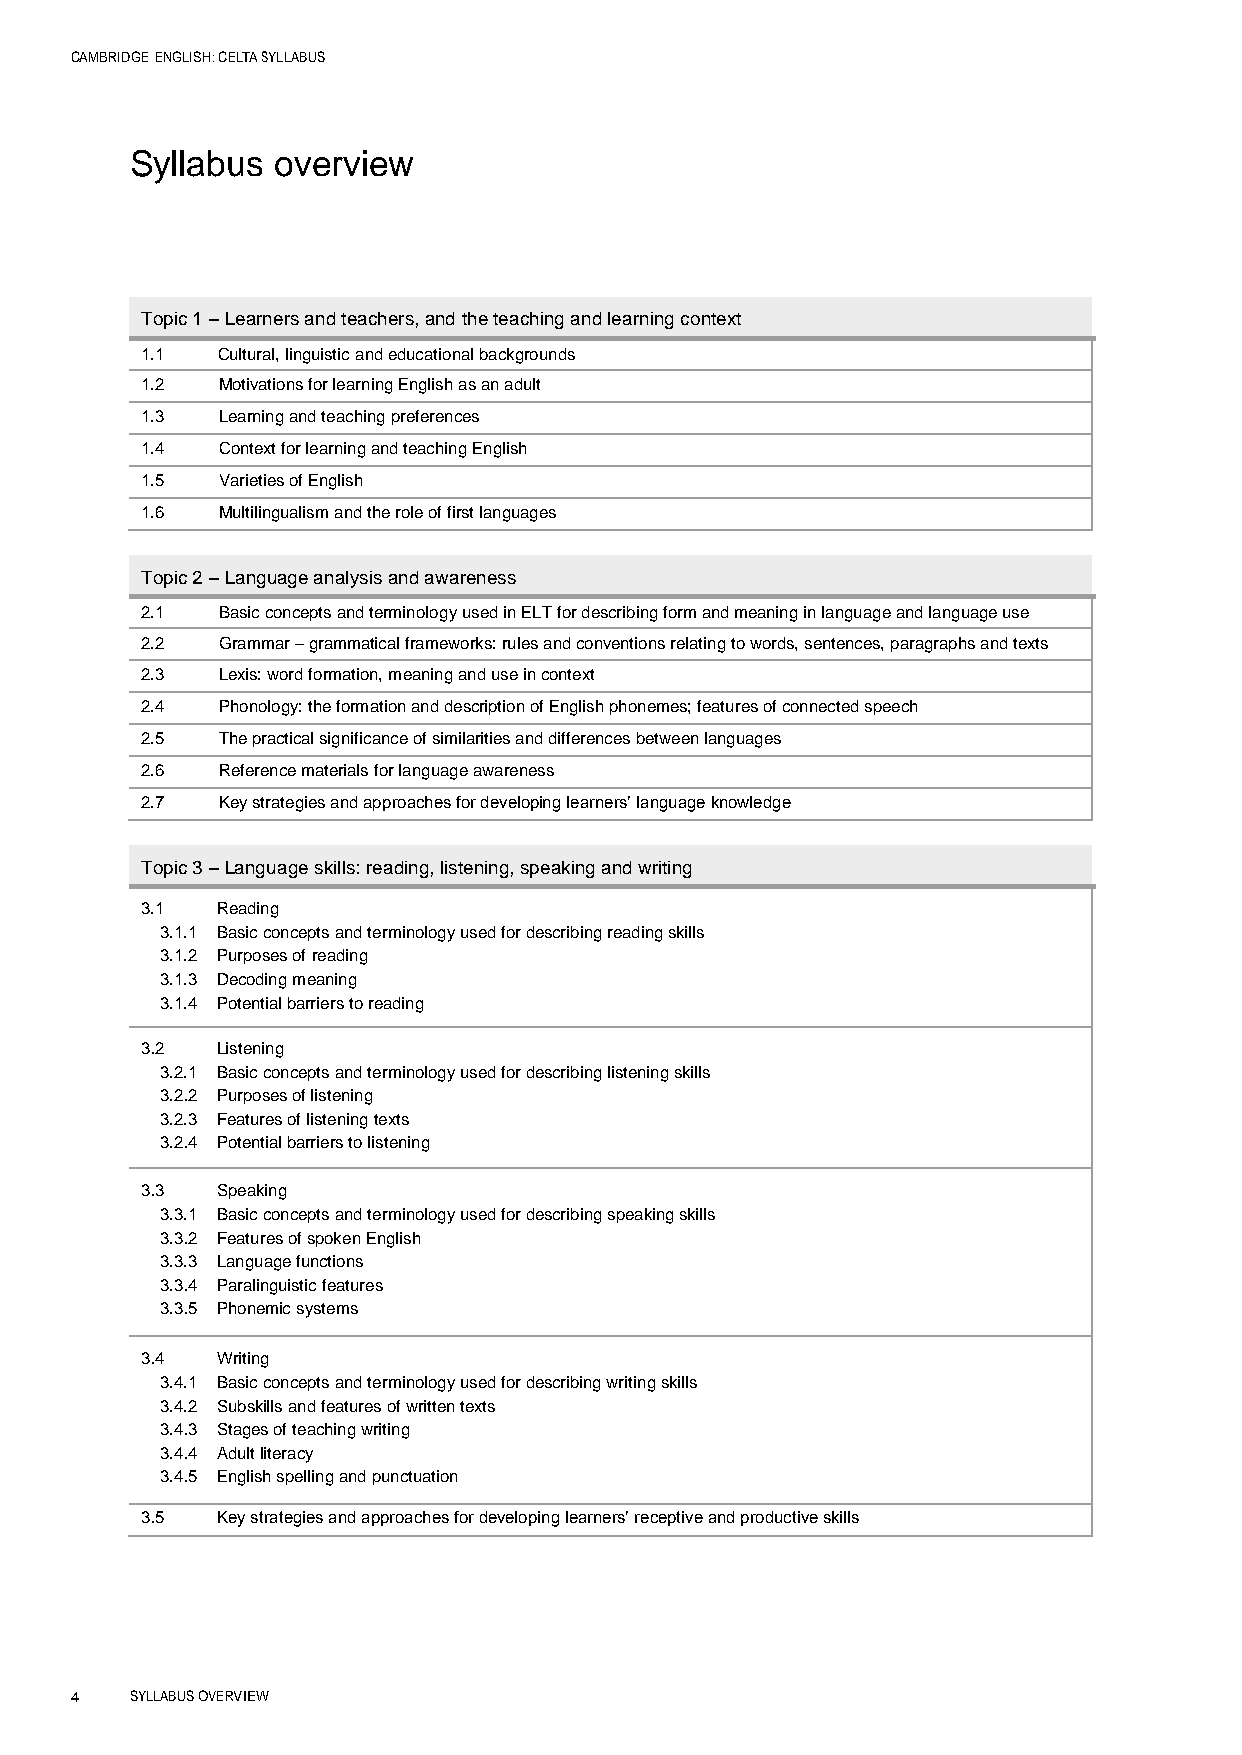
CAMBRIDGE ENGLISH: CELTA SYLLABUS
 Syllabus overview
 Topic 1 – Learners and teachers, and the teaching and learning context
 1.1  Cultural, linguistic and educational backgrounds
 1.2  Motivations for learning English as an adult
 1.3  Learning and teaching preferences
 1.4  Context for learning and teaching English
 1.5  Varieties of English
 1.6  Multilingualism and the role of first languages
 Topic 2 – Language analysis and awareness
 2.1  Basic concepts and terminology used in ELT for describing form and meaning in language and language use
 2.2  Grammar – grammatical frameworks: rules and conventions relating to words, sentences, paragraphs and texts
 2.3  Lexis: word formation, meaning and use in context
 2.4  Phonology: the formation and description of English phonemes; features of connected speech
 2.5  The practical significance of similarities and differences between languages
 2.6  Reference materials for language awareness
 2.7  Key strategies and approaches for developing learners’ language knowledge
 Topic 3 – Language skills: reading, listening, speaking and writing
 3.1  Reading
 3.1.1 Basic concepts and terminology used for describing reading skills
 3.1.2 Purposes of reading
 3.1.3 Decoding meaning
 3.1.4 Potential barriers to reading
 3.2  Listening
 3.2.1 Basic concepts and terminology used for describing listening skills
 3.2.2 Purposes of listening
 3.2.3 Features of listening texts
 3.2.4 Potential barriers to listening
 3.3  Speaking
 3.3.1 Basic concepts and terminology used for describing speaking skills
 3.3.2 Features of spoken English
 3.3.3 Language functions
 3.3.4 Paralinguistic features
 3.3.5 Phonemic systems
 3.4  Writing
 3.4.1 Basic concepts and terminology used for describing writing skills
 3.4.2 Subskills and features of written texts
 3.4.3 Stages of teaching writing
 3.4.4 Adult literacy
 3.4.5 English spelling and punctuation
 3.5  Key strategies and approaches for developing learners’ receptive and productive skills
 4   SYLLABUS OVERVIEW